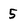
Character: 5